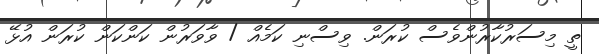
ތީ މިސަރުކާރުންވެސް ކުރަން. ވިސްނި ކަމެއް / ވާވަރުން ކަންކަން ކުރަން އުޅޭ